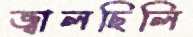
জ্বালছিলি